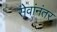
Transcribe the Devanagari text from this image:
सेवांनंतर